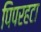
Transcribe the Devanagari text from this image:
पिपरहटा